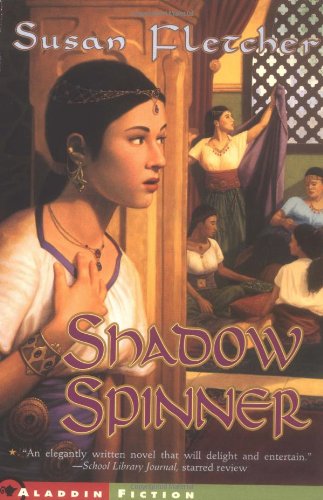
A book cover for Shadow Spinner (A Jean Karl Book); Susan Fletcher; Children's Books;